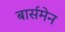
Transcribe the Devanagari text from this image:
बार्समेन